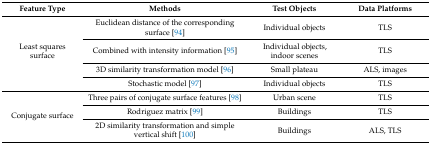
<table><thead><tr><td><b>Feature Type</b></td><td><b>Methods</b></td><td><b>Test Objects</b></td><td><b>Data Platforms</b></td></tr></thead><tbody><tr><td rowspan="4">Least squares surface</td><td>Euclidean distance of the corresponding surface [94]</td><td>Individual objects</td><td>TLS</td></tr><tr><td>Combined with intensity information [95]</td><td>Individual objects, indoor scenes</td><td>TLS</td></tr><tr><td>3D similarity transformation model [96]</td><td>Small plateau</td><td>ALS, images</td></tr><tr><td>Stochastic model [97]</td><td>Individual objects</td><td>TLS</td></tr><tr><td rowspan="3">Conjugate surface</td><td>Three pairs of conjugate surface features [98]</td><td>Urban scene</td><td>TLS</td></tr><tr><td>Rodriguez matrix [99]</td><td>Buildings</td><td>TLS</td></tr><tr><td>2D similarity transformation and simple vertical shift [100]</td><td>Buildings</td><td>ALS, TLS</td></tr></tbody></table>